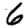
Digit: 6